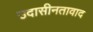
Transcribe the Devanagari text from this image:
उदासीनतावाद